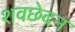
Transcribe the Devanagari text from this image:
शवछेदन